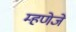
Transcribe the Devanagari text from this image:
म्हणेजे